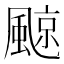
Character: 𩗬